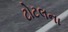
ટોટલના